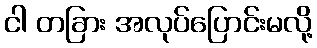
ငါ တခြား အလုပ်ပြောင်းမလို့